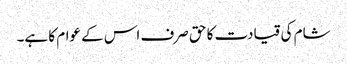
شام کی قیادت کا حق صرف اس کے عوام کا ہے۔